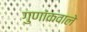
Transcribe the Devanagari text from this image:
गुणांकवाले